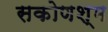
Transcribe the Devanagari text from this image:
सकोणश्म